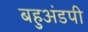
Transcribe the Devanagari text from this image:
बहुअंडपी